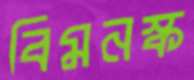
বিমনস্ক